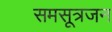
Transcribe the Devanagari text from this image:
समसूत्रजन